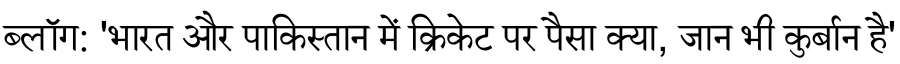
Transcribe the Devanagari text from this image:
ब्लॉग: 'भारत और पाकिस्तान में क्रिकेट पर पैसा क्या, जान भी कुर्बान है'